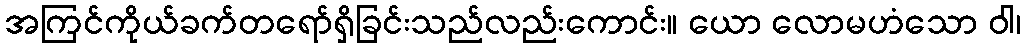
အကြင်ကိုယ်ခက်တရော်ရှိခြင်းသည်လည်းကောင်း။ ယော လောမဟံသော ဝါ၊